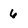
Character: 6